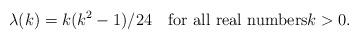
LaTeX: \begin{align*}\lambda(k)= k(k^2-1)/24\quad\text{for all real numbers$k>0$}.\end{align*}